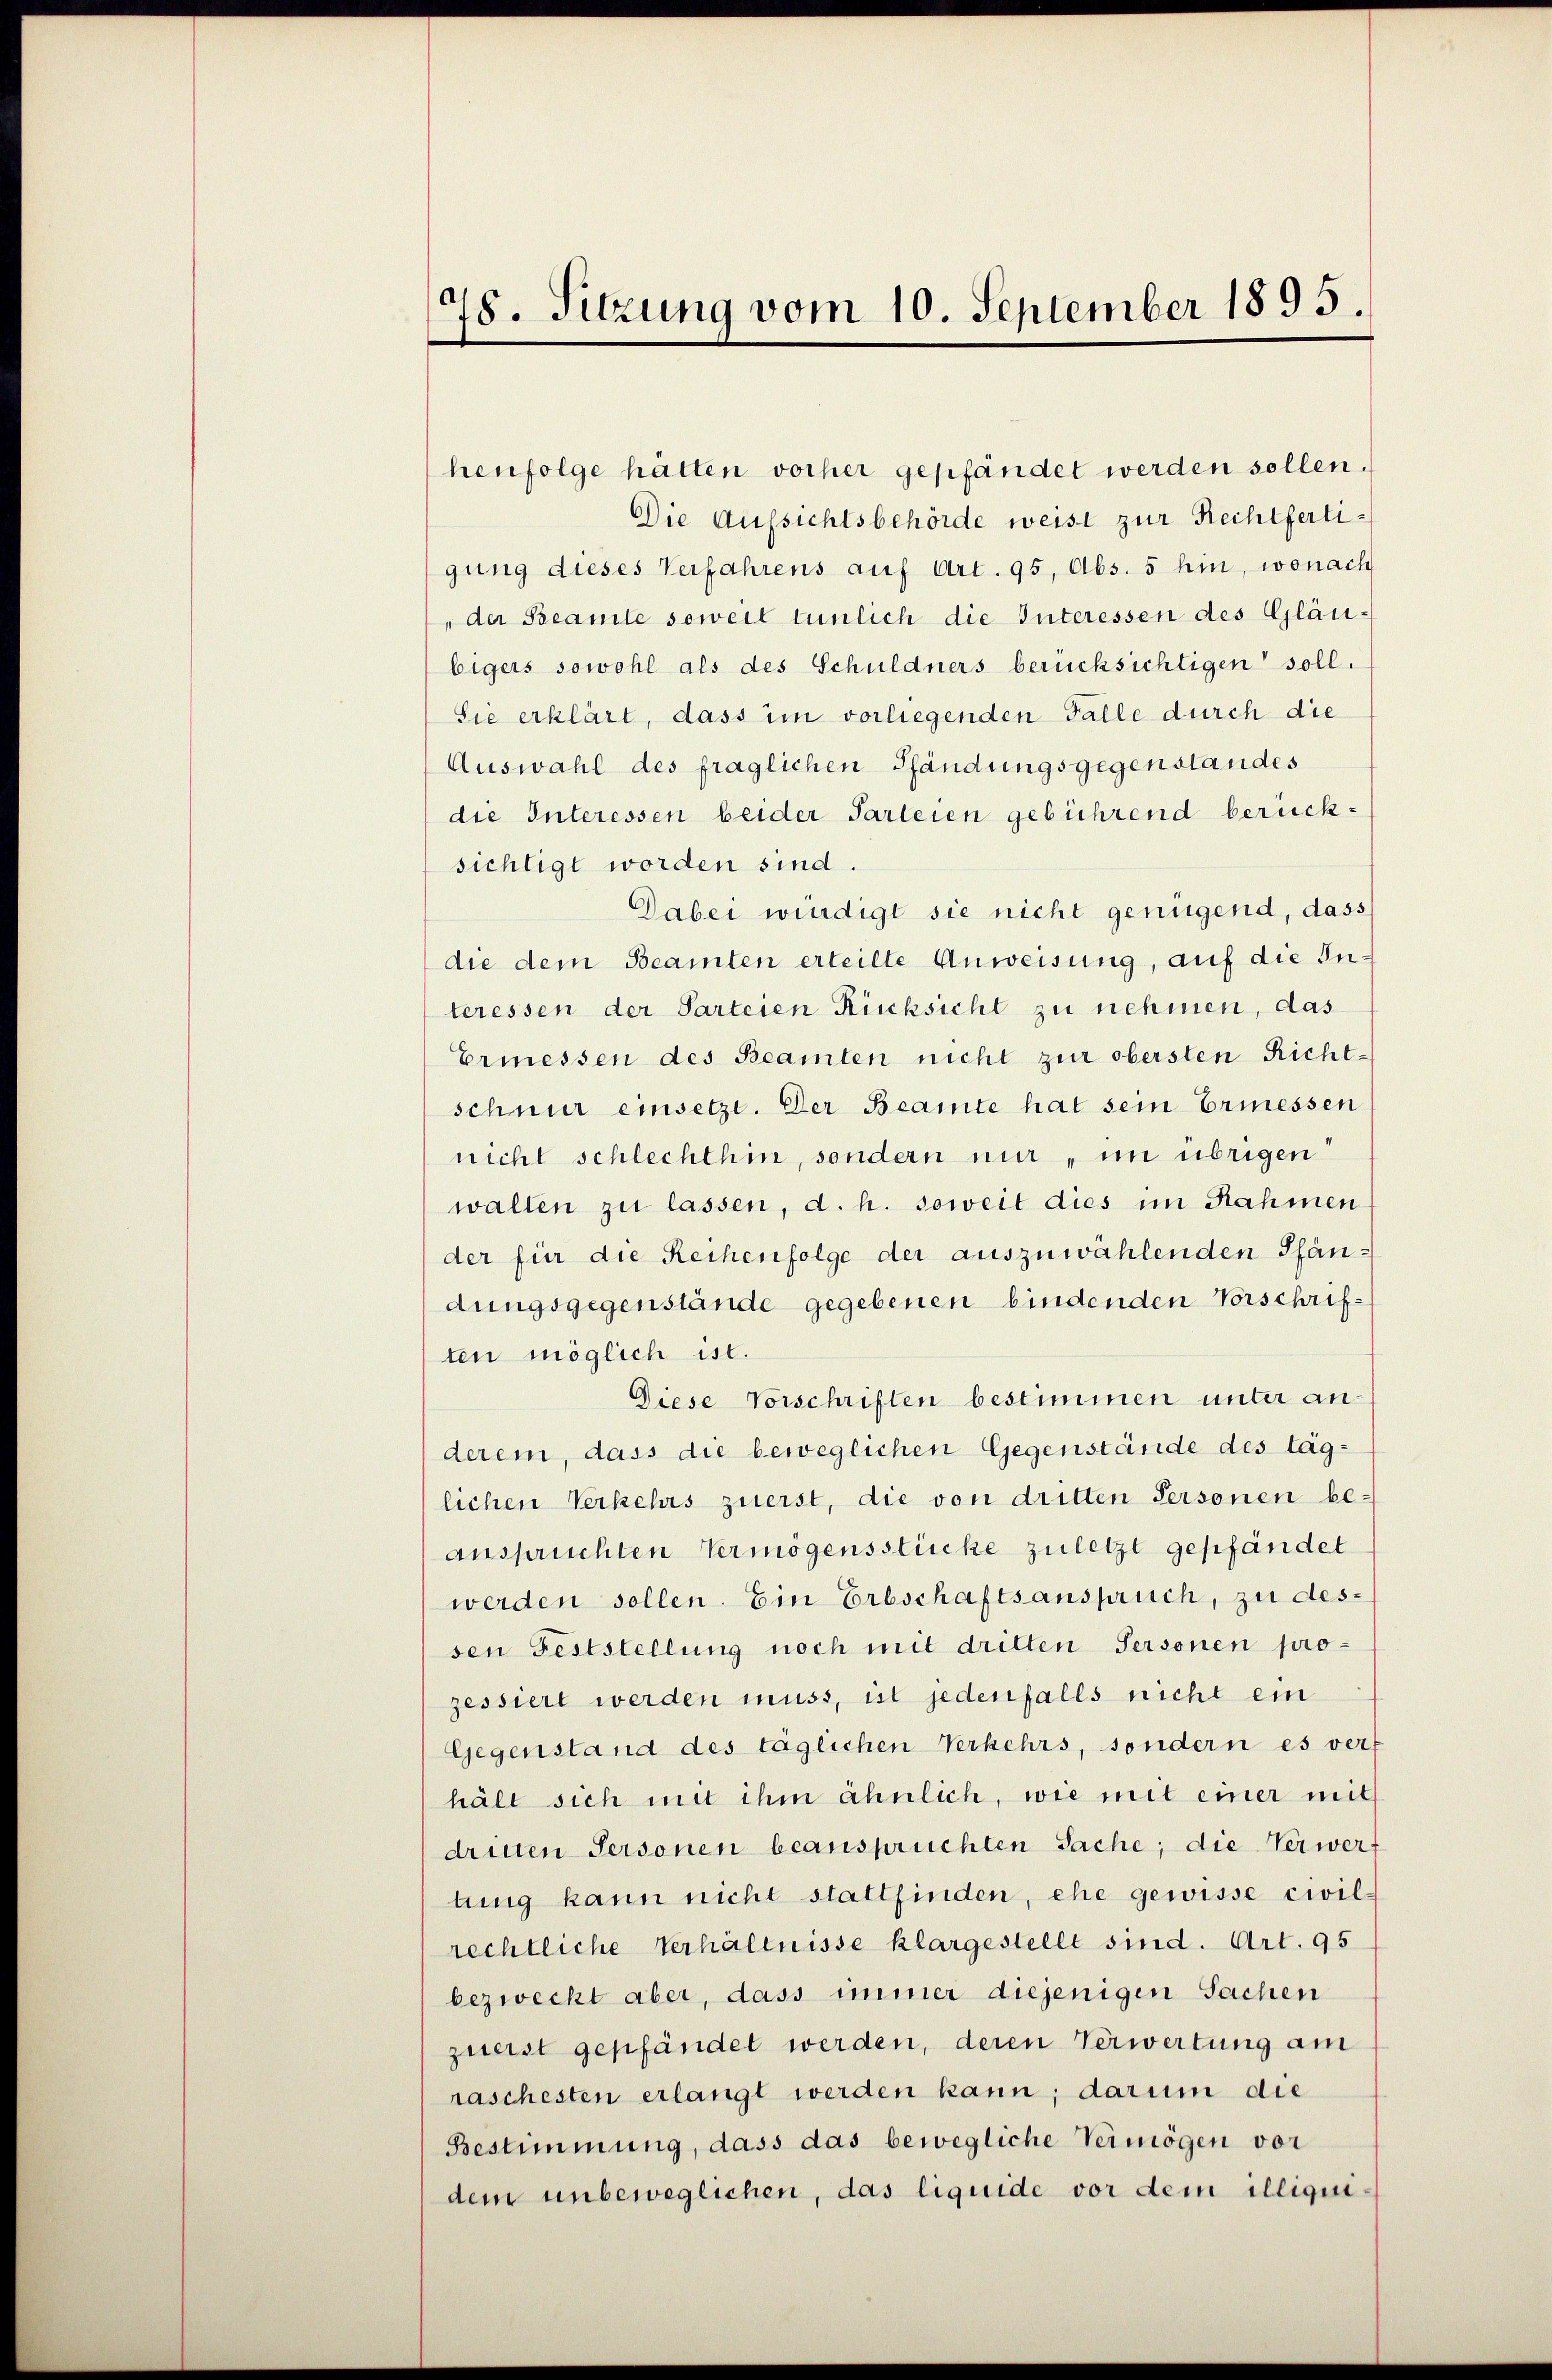
78. Sitzung vom 10. September 1895.

henfolge hätten vorher gepfändet werden sollen.
Die Aufsichtsbehörde weist zur Rechtfertigung dieses Verfahrens auf Art. 95, Abs. 5 hin, wonach
der Beamte soweit tunlich die Interessen des Gläu-
bigers sowohl als des Schuldners berücksichtigen soll.
Sie erklärt, dass im vorliegenden Falle durch die
Auswahl des fraglichen Pfändungsgegenstandes
die Interessen beider Parteien gebührend berücksichtigt worden sind.
Dabei würdigt sie nicht genügend, dass
die dem Beamten erteilte Anweisung, auf die Interessen der Parteien Rücksicht zu nehmen, das
Ermessen des Beamten nicht zur obersten Richt-
schnur einsetze. Der Beamte hat sein Ermessen
nicht schlechthin, sondern nur, im übrigen
walten zu lassen, d. h. soweit dies im Rahmen
der für die Reihenfolge der auszuwählenden Pfändungsgegenstände gegebenen bindenden Vorschriften möglich ist.
Diese Vorschriften bestimmen unter an-
derem, dass die beweglichen Gegenstände des täglichen Verkehrs zuerst, die von dritten Personen beanspruchten Vermögensstücke zuletzt gepfändet
werden sollen. Ein Erbschaftsanspruch, zu dessen Feststellung noch mit dritten Personen pro-
zessiert werden muss, ist jedenfalls nicht ein
Gegenstand des taglichen Verkehrs, sondern es verf
hält sich mit ihm ähnlich, wie mit einer mit
drinen Personen beansprüchten Sache; die Verwerf
tung kann nicht stattfinden, ehe gewisse civil-
rechtliche Verhältnisse klargestellt sind. Art. 95
bezweckt aber, dass immer diejenigen Sachen
zuerst gepfändet werden, deren Verwertung am
raschesten erlangt werden kann; darum die
Bestimmung, dass das bewegliche Vermögen vor
dem unbeweglichen, das liquide vor dem illiqui¬